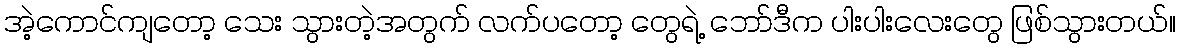
အဲ့ကောင်ကျတော့ သေး သွားတဲ့အတွက် လက်ပတော့ တွေရဲ့ ဘော်ဒီက ပါးပါးလေးတွေ ဖြစ်သွားတယ်။